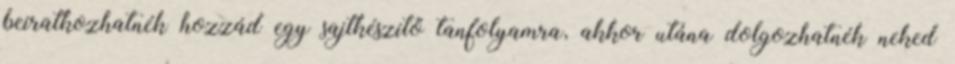
beiratkozhatnék hozzád egy sajtkészítő tanfolyamra, akkor utána dolgozhatnék neked